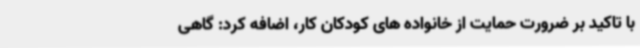
با تاکید بر ضرورت حمایت از خانواده های کودکان کار، اضافه کرد: گاهی